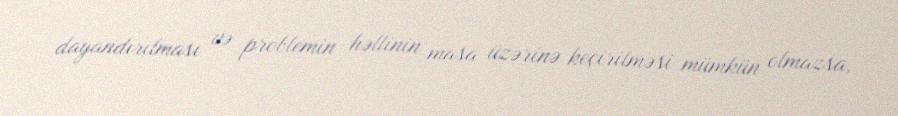
dayandırılması və problemin həllinin masa üzərinə keçirilməsi mümkün olmazsa,